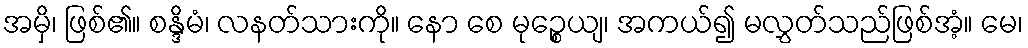
အမှိ၊ ဖြစ်၏။ စန္ဒိမံ၊ လနတ်သားကို။ နော စေ မုဉ္စေယျ၊ အကယ်၍ မလွှတ်သည်ဖြစ်အံ့။ မေ၊